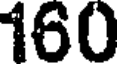
160